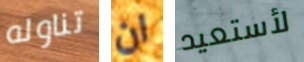
تناوله ان لأستعيد